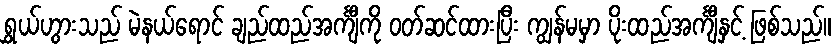
ရွှယ်ဟွားသည် မဲနယ်ရောင် ချည်ထည်အင်္ကျီကို ဝတ်ဆင်ထားပြီး ကျွန်မမှာ ပိုးထည်အင်္ကျီနှင့် ဖြစ်သည်။